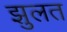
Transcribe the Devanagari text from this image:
झुलत